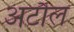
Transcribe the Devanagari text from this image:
अटौल